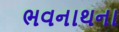
ભવનાથના